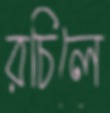
রচিলে